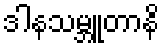
ဒါနသမ္ဘူတာနိ